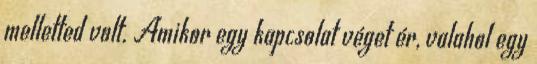
melletted volt. Amikor egy kapcsolat véget ér, valahol egy